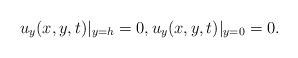
LaTeX: \begin{align*} u_y(x, y, t)\vert_{y=h} =0, u_y(x, y, t)\vert_{y=0} =0.\end{align*}